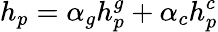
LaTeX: h_{p}=\alpha_{g}h_{p}^{g}+\alpha_{c}h_{p}^{c}